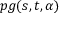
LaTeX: p g ( s , t , \alpha )